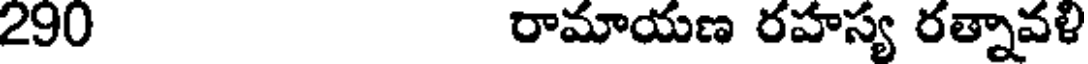
290 రామాయణ రహస్య రత్నావళి